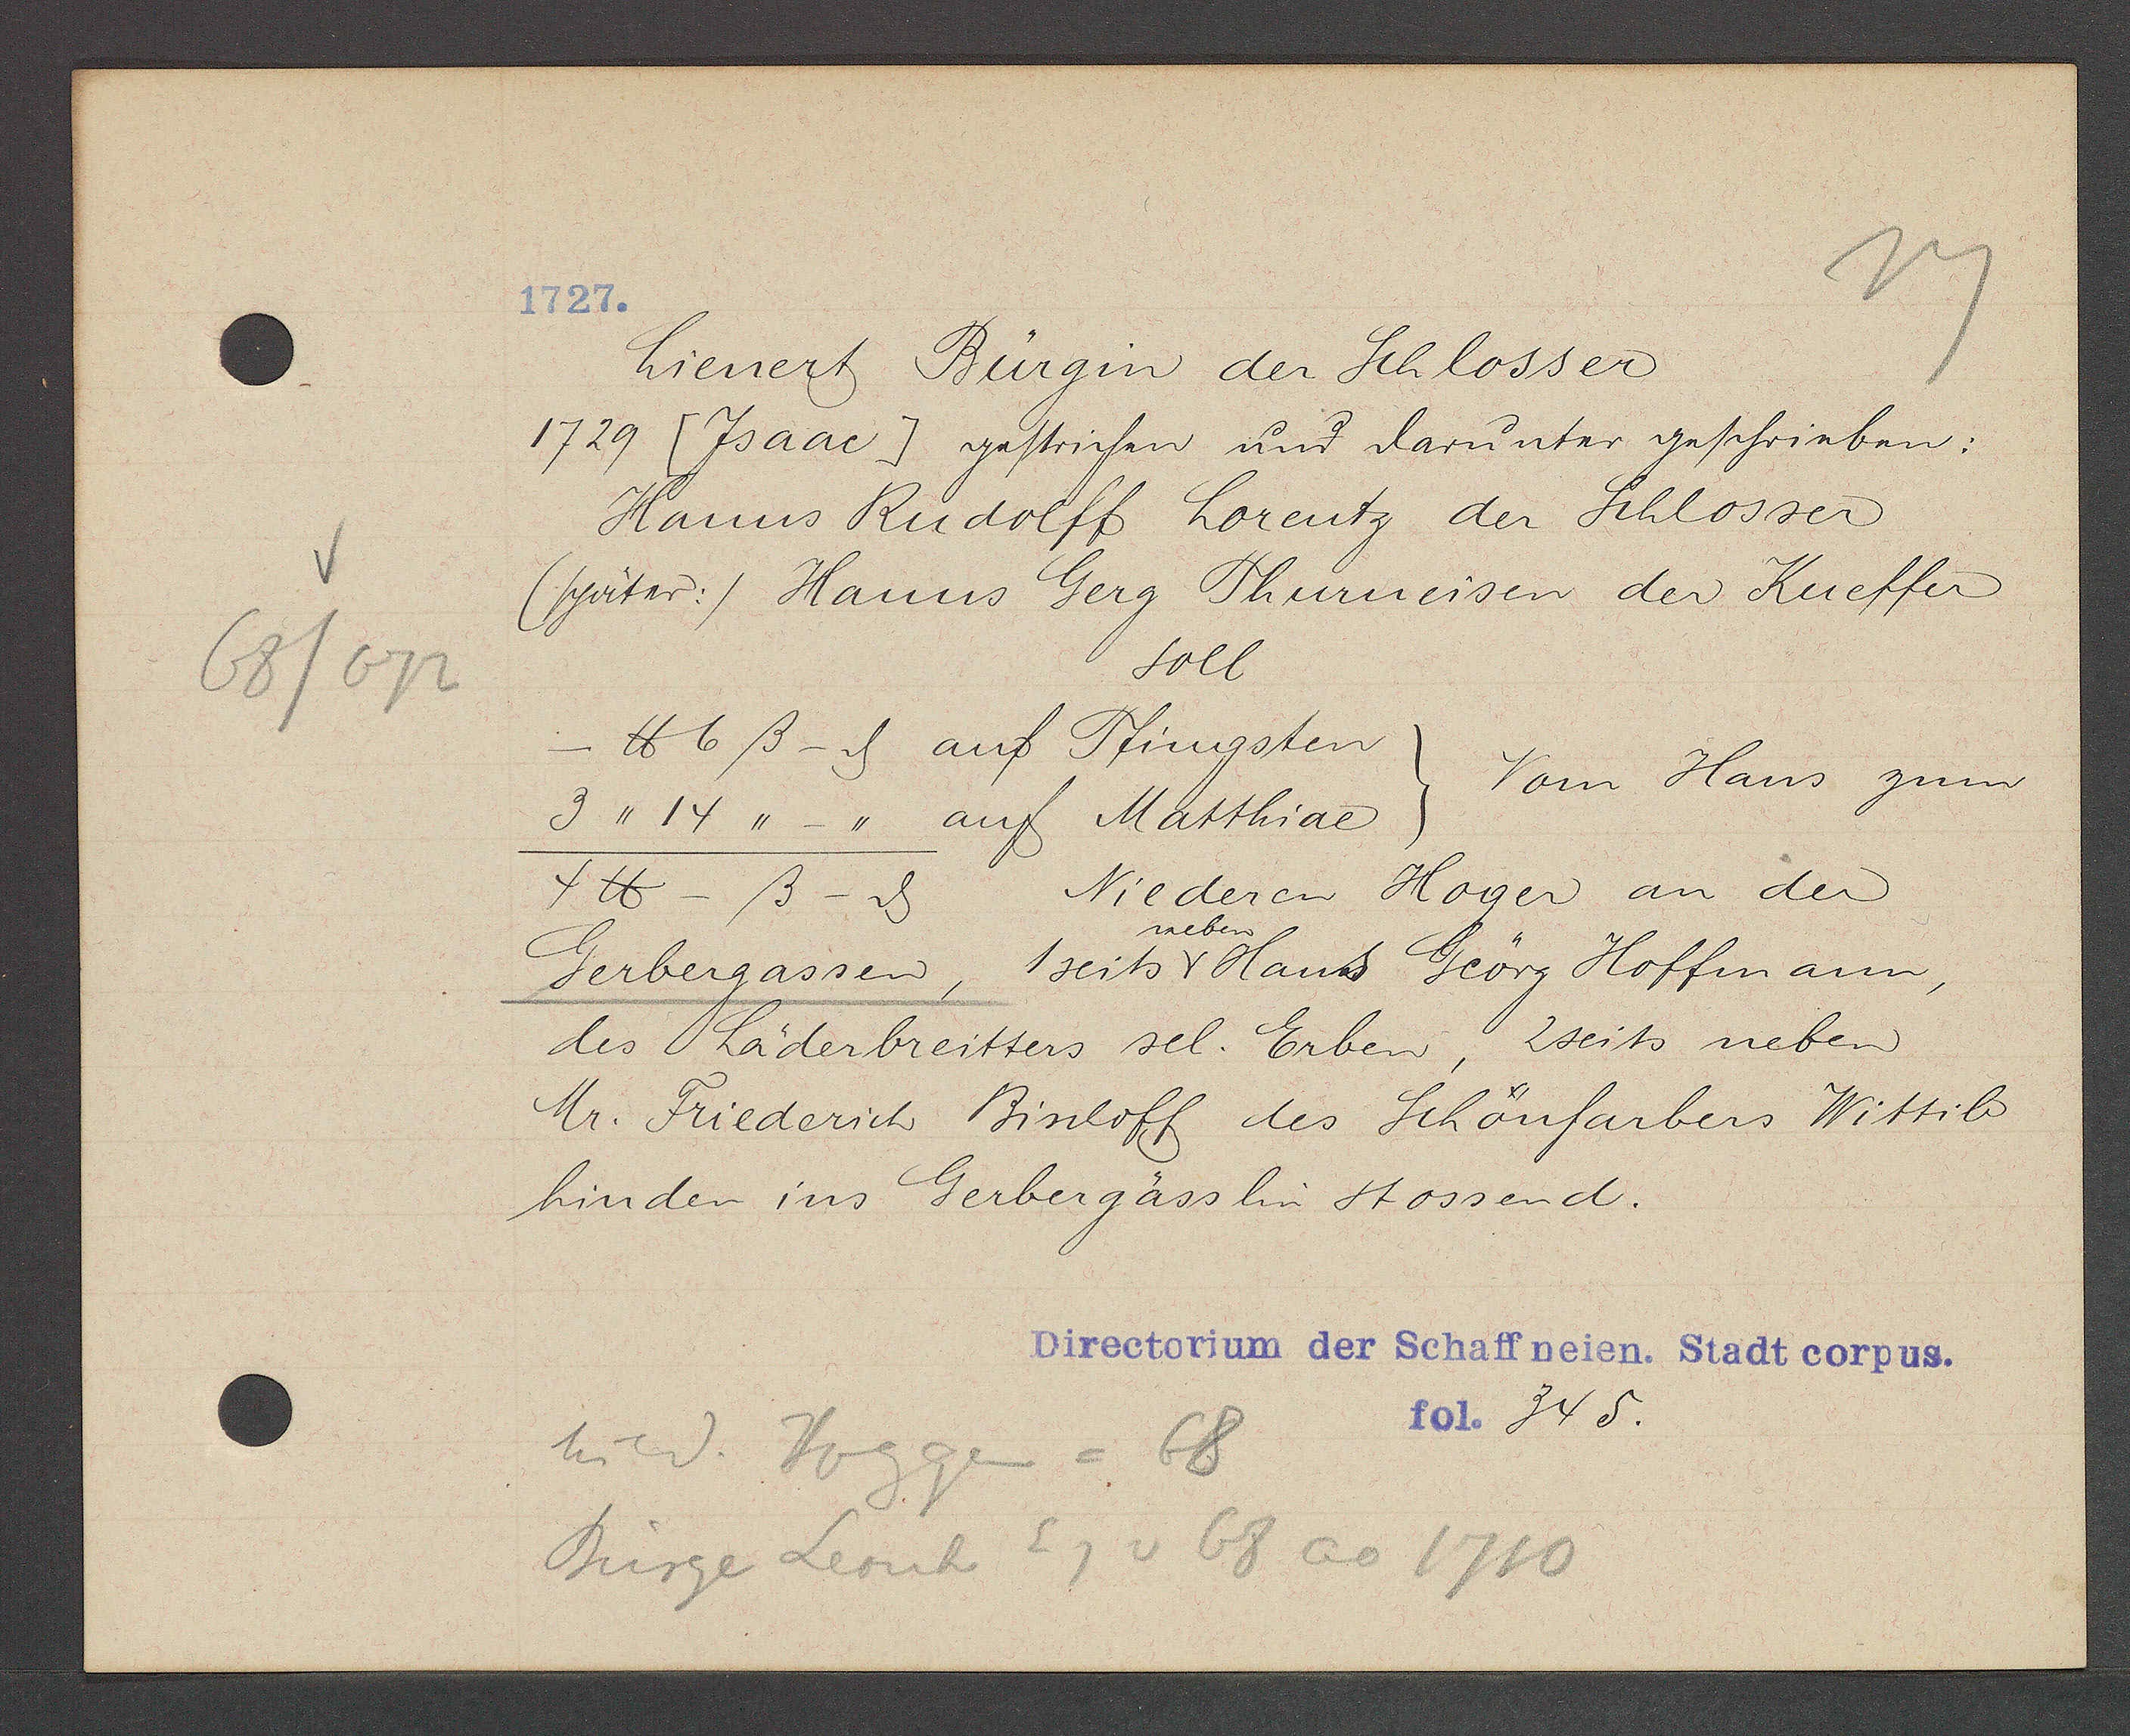
Transcript:
68/672

1727.

Lienert Bürgin der Schlosser
1729 [Jsaac] gestrichen und darunter geschrieben:
Hanns Rudolff Lorentz der Schlosser
(später:) Hanns Gerg Thurneisen der Kueffer
soll
℔ 6ß - ȡ auf Pfingsten
Vom Haus zum
3" 14, " -'' auf Matthiae
Niederen Högen an der
4℔ -ß-ȡ
neben
Gerbergassen, 1 seits H Hans Geörg Hoffmann,
des Läderbreitters sel. Erben, 2seits neben
Mr. Friederich Binloff des Schönfarbers Wittib
hinden ins Gerbergässlin stossend.

hind. Hoggen = 68
Bürge Leonh Eg v 68 ao 1710

Directorium der Schaffneien. Stadt corpus.
fol. 345.